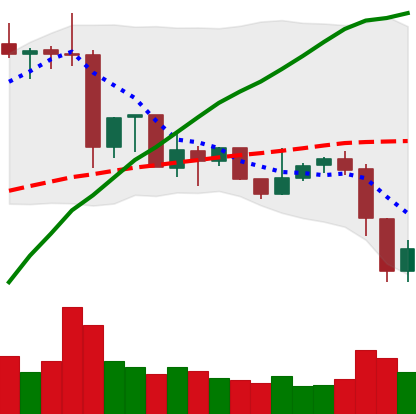
Ticker: XRP-USD
Chart end date: 2019-07-12
Forward return: -9.736%
Label: down_7plus